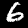
Digit: 6